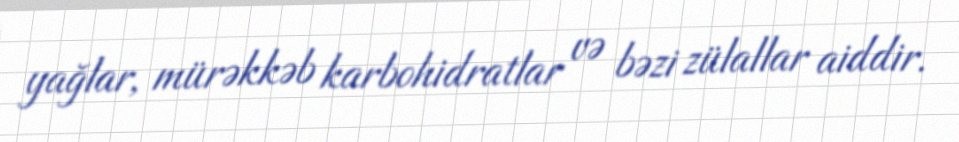
yağlar, mürəkkəb karbohidratlar və bəzi zülallar aiddir.